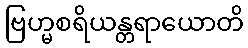
ဗြဟ္မစရိယန္တရာယောတိ